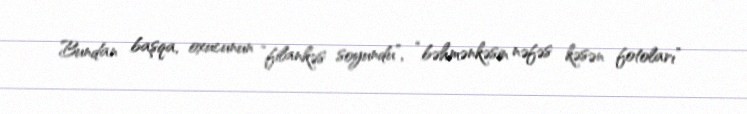
Bundan başqa, oxucunun “filankəs soyundu”, “bəhmənkəsin nəfəs kəsən fotoları”